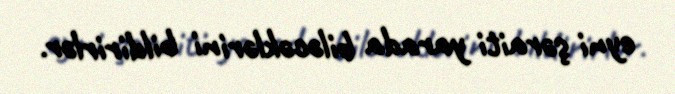
eyni şəraiti yarada biləcəklərini bildirirlər.